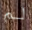
لم